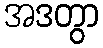
အဒတွာ